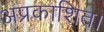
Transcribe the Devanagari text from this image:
अप्रकाशित।